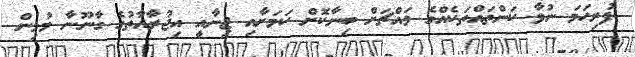
ފުރިހަމަ ނުވާ ކަންތައްތަކެއްގެ މައްޗަށް ބިނާކޮށް ކަމަށާއި ޖިނާއީ އިޖުރާއާތުގެ ގާނޫނާ މުޅިން